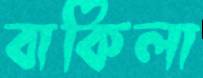
বাকিলা